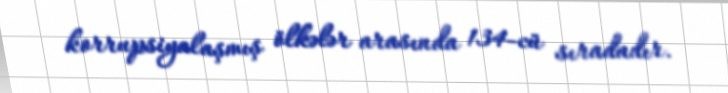
korrupsiyalaşmış ölkələr arasında 134-cü sıradadır.